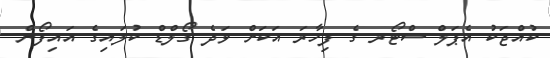
ކުއްޖަކު އެޕަލް ސްޓޯރ ގެ ފިހާރަ އަކަށް ވަދެ ގޯލްޑް ކުލައިގެ އައިފޯން